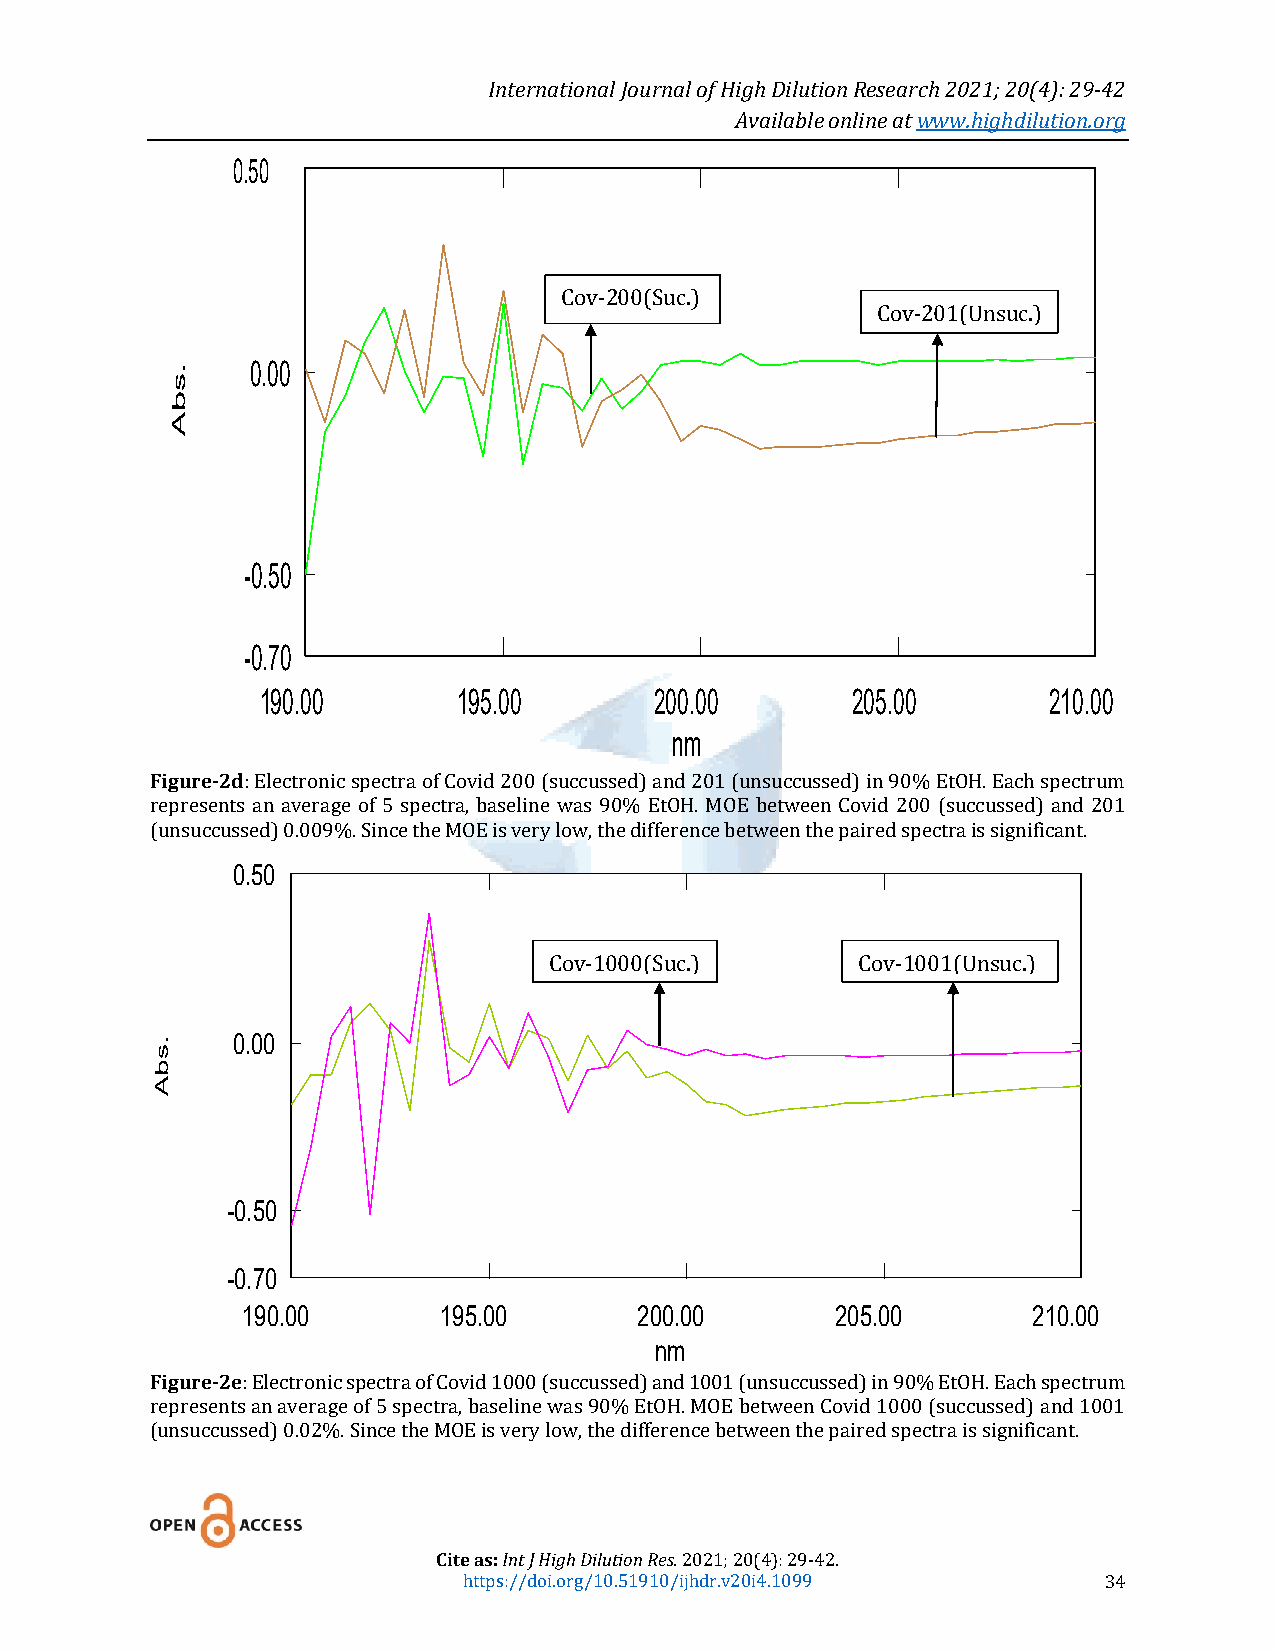
International Journal of High Dilution Research 2021; 20(4): 29-42
 Available online at www.highdilution.org
 0.50
 Cov-200(Suc.)
 Cov-201(Unsuc.)
 .     0.00
 s
 b
 A
 -0.50
 -0.70
 190.00       195.00       200.00       205.00       210.00
 nm
 Figure-2d: Electronic spectra of Covid 200 (succussed) and 201 (unsuccussed) in 90% EtOH. Each spectrum
 represents an average of 5 spectra, baseline was 90% EtOH. MOE between Covid 200 (succussed) and 201
 (unsuccussed) 0.009%. Since the MOE is very low, the difference between the paired spectra is significant.
 0.50
 Cov-1000(Suc.)       Cov-1001(Unsuc.)
 .    0.00
 s
 b
 A
 -0.50
 -0.70
 190.00       195.00       200.00       205.00       210.00
 nm
 Figure-2e: Electronic spectra of Covid 1000 (succussed) and 1001 (unsuccussed) in 90% EtOH. Each spectrum
 represents an average of 5 spectra, baseline was 90% EtOH. MOE between Covid 1000 (succussed) and 1001
 (unsuccussed) 0.02%. Since the MOE is very low, the difference between the paired spectra is significant.
 Cite as: Int J High Dilution Res. 2021; 20(4): 29-42.
 https://doi.org/10.51910/ijhdr.v20i4.1099 34